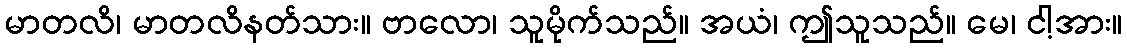
မာတလိ၊ မာတလိနတ်သား။ ဗာလော၊ သူမိုက်သည်။ အယံ၊ ဤသူသည်။ မေ၊ ငါ့အား။